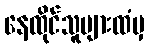
နေထိုင်သူများထံမှ